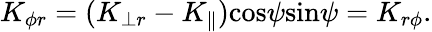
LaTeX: K_{\phi r}=(K_{\perp r}-K_{\parallel}){\cos}\psi{\sin}\psi=K_{r\phi}.